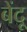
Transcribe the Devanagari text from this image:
बेंदू